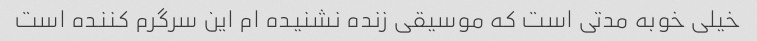
خیلی خوبه مدتی است که موسیقی زنده نشنیده ام این سرگرم کننده است